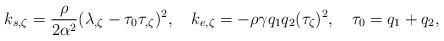
LaTeX: \begin{align*}k_{s,\zeta}={\rho\over 2\alpha^2}(\lambda_{,\zeta}-\tau_0\tau_{,\zeta})^2,\ \ \ k_{e,\zeta}=-\rho \gamma q_1q_2(\tau_\zeta)^2,\ \ \ \tau_0=q_1+q_2,\end{align*}